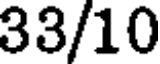
33/10